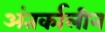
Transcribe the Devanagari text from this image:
अंतर्कालीन